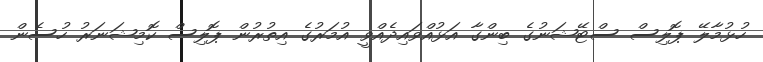
ހުޅުމާލޭ ޕޮލިސް ސްޓޭޝަނުގެ ބިންގާ އަޅުއްވައިދެއްވީ އުމަރުގެ އިތުރުން ޕޮލިސް ކޮމިޝަނަރު ހުސެން